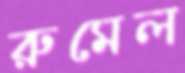
রুমেল